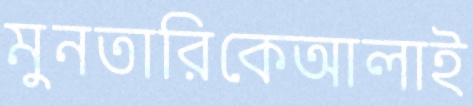
মুনতারিকেআলাই